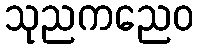
သုညကညေဝ